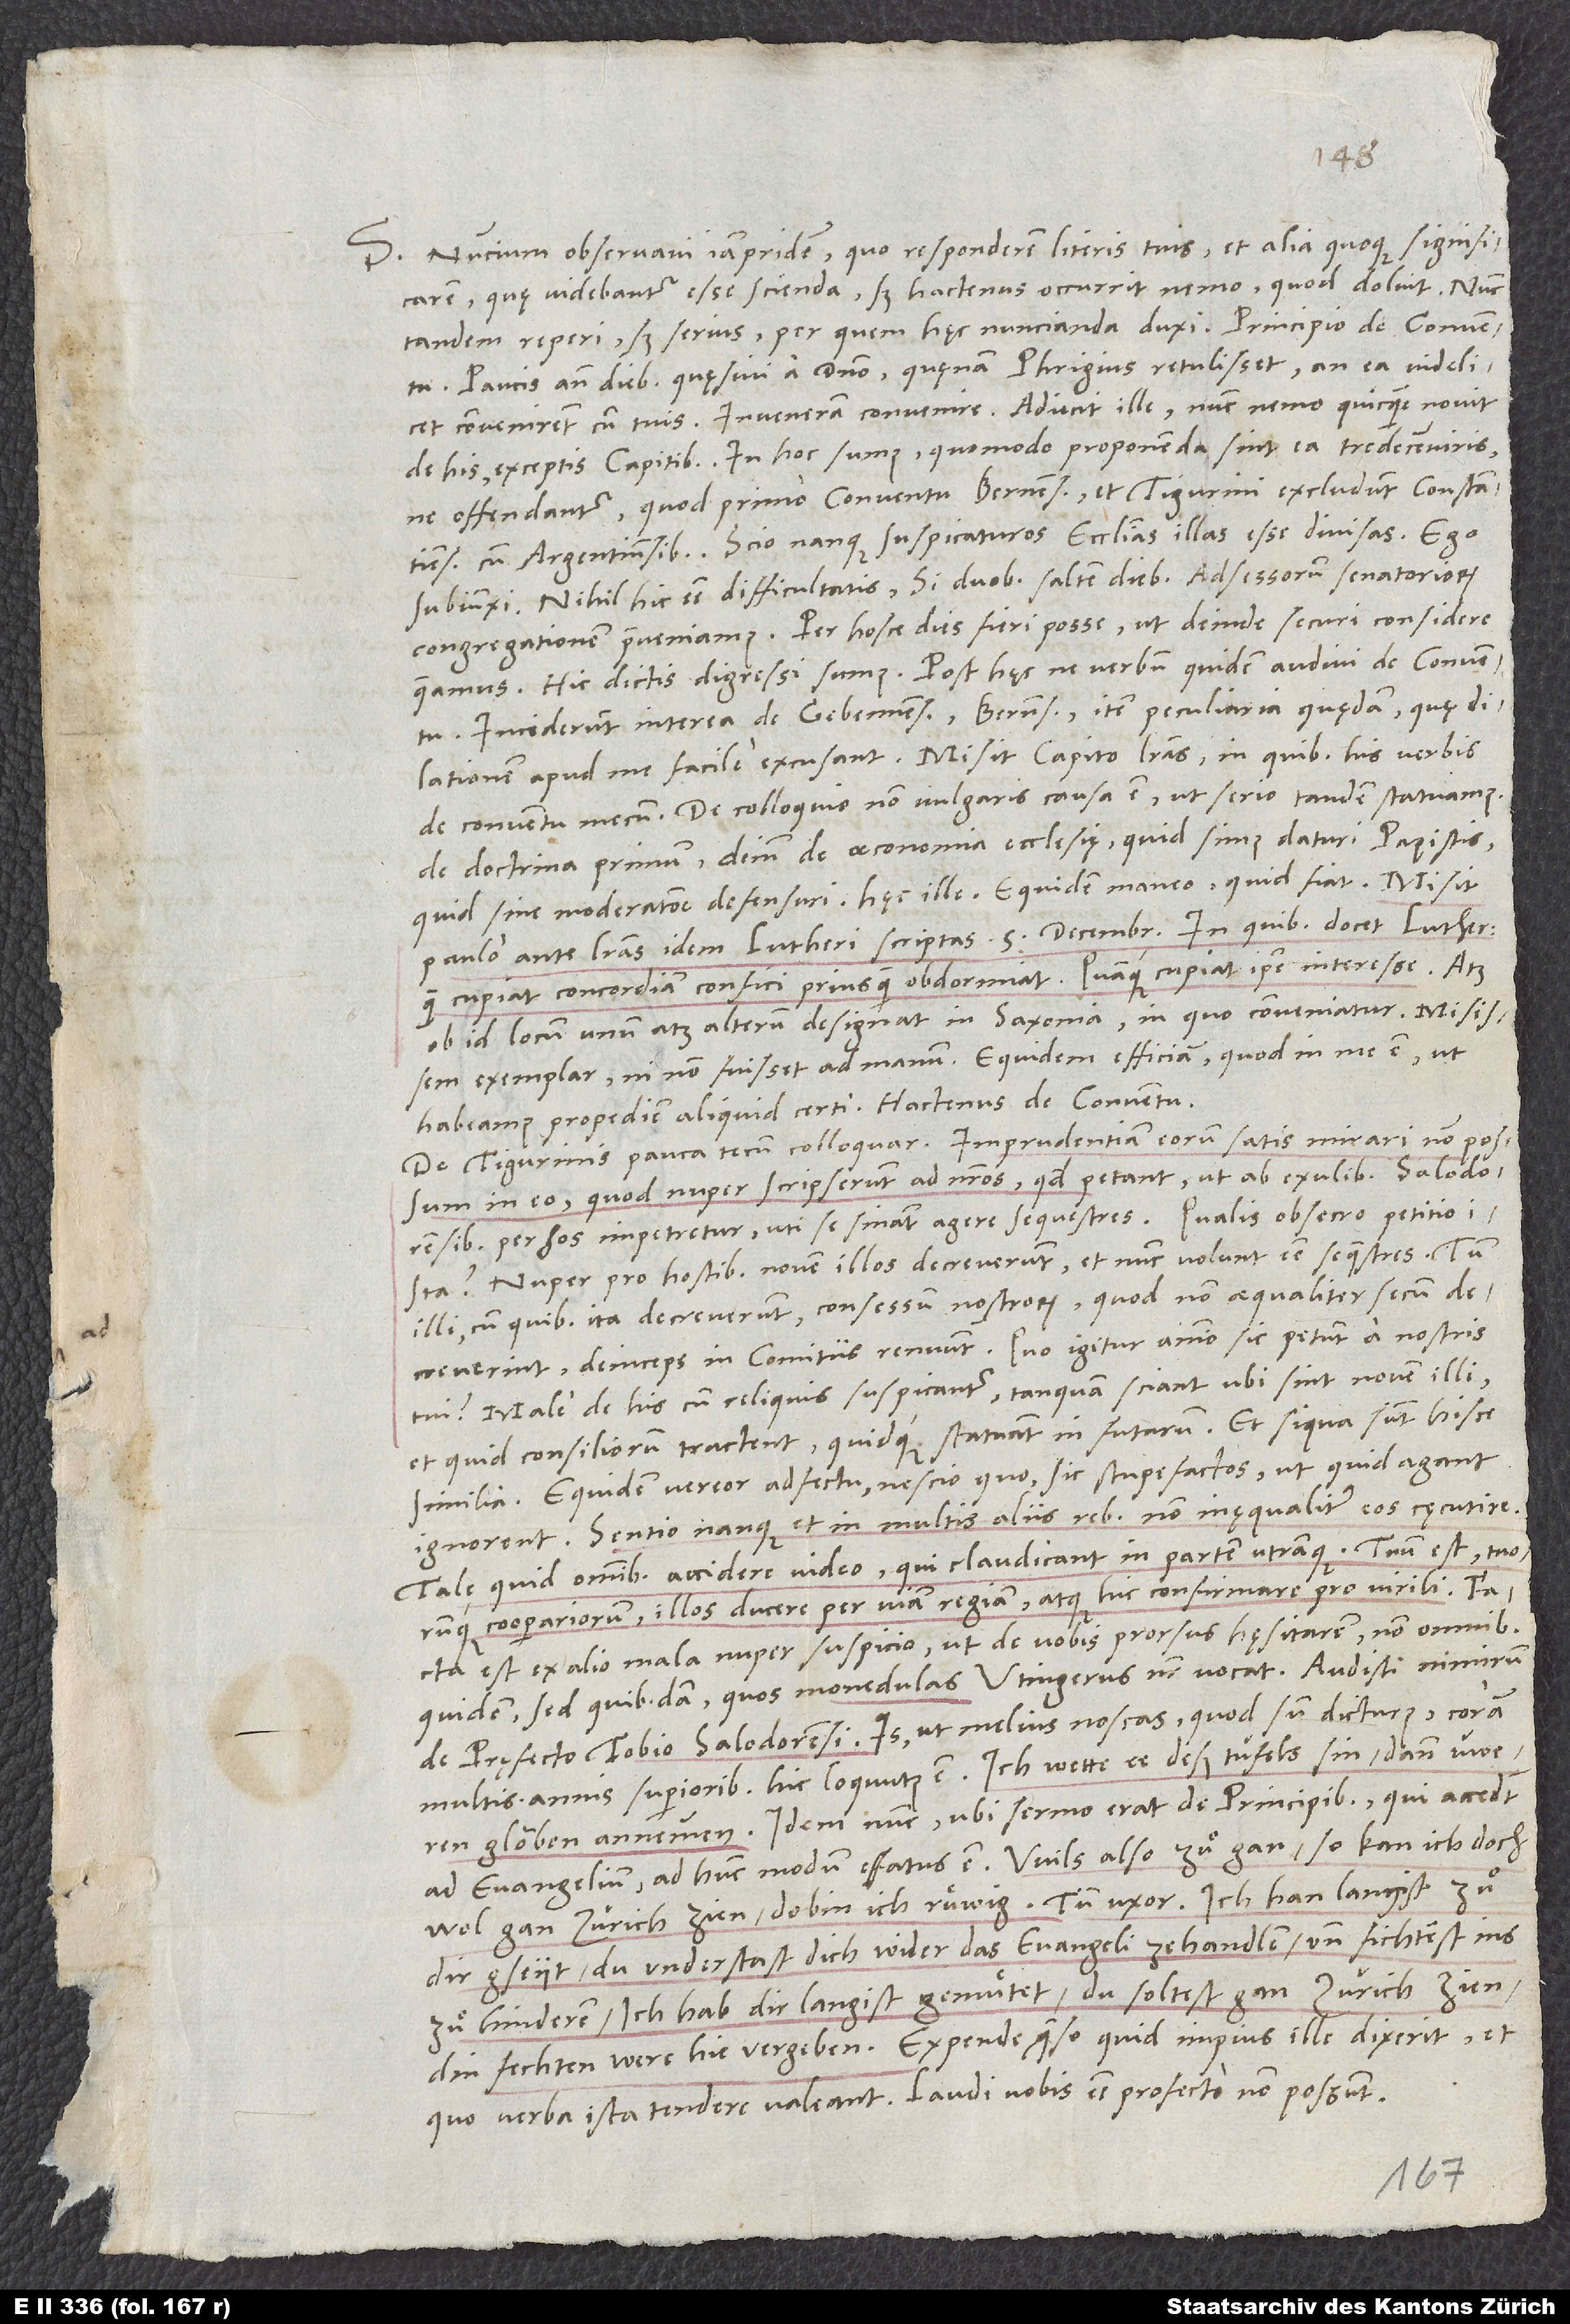
S. Nuncium observavi iampridem, quo responderem literis tuis et alia quoque significarem,
quę videbantur esse scienda, sed hactenus occurrit nemo, quod doluit. Nunc
Paucis ante diebus quęsivi a domino, quęnam Phrigius retulisset, an ea videlicet
convenirent cum tuis. Inveneram convenire. Adiecit ille: "Nunc nemo quicquam novit
de his exceptis capitibus. In hoc sumus, quomodo proponenda sint ea tredecimviris,
ne offendantur, quod primo conventu Bernenses et Tigurini excludunt Constantienses
cum Argentinensibus. Scio nanque suspicaturos ecclesias illas esse divisas." Ego
subiunxi nihil hic esse difficultatis, si duobus saltem diebus adsessorum senatoriorum
congregationem praeveniamus. Per hosce dies fieri posse, ut deinde securi considere
queamus. His dictis digressi sumus. Post hęc ne verbum quidem audivi de conventu.
Inciderunt interea de Gebennensibus, Bernensibus, item peculiaria quędam, quę dilationem
apud me facile excusant. Misit Capito literas, in quibus his verbis
de conventu mecum: "De colloquio non vulgaris causa est, ut serio tandem statuamus
de doctrina primum, deinde de oeconomia ecclesię, quid simus daturi papistis,
quid sine moderatione defensuri." Hęc ille. Equidem maneo, quid fiat. Misit
paulo ante literas idem Lutheri scriptas 5. decembris, in quibus docet Lutherus,
quam cupiat concordiam confici, priusquam obdormiat, quamque cupiat ipse interesse. Atque
ob id locum unum atque alterum designat in Saxonia, in quo conveniatur. Misissem
exemplar, ni non fuisset ad manum. Equidem efficiam, quod in me est, ut
habeamus propediem aliquid certi. Hactenus de conventu.
De Tigurinis pauca tecum colloquar. Imprudentiam eorum satis mirari non possum
in eo, quod nuper scripserunt ad nostros, quod petant, ut ab exulibus Salodorensibus
per hos impetretur, uti se sinant agere sequestres. Qualis, obsecro, petitio ista!
Nuper pro hostibus novem illos decreverunt et nunc volunt esse sequestres. Tum
illi, cum quibus ita decreverunt, consessum nostrorum, quod non aequaliter secum
decreverint, deinceps in comitiis renuunt. Quo igitur animo sic petunt a nostris
tui? Male de his cum reliquis suspicantur, tanquam sciant, ubi sint novem illi
et quid consiliorum tractent quidque statuant in futurum, et si qua sunt hisce
similia. Equidem vereor adfectu nescio quo sic stupefactos, ut quid agant,
ignorent. Sentio nanque et in multis aliis rebus non inęqualiter eos cęcutire.
Tale quid omnibus accidere video, qui claudicant in partem utramque. Tuum est tuorumque
cooperariorum illos ducere per viam regiam atque hic confirmare pro virili.
est ex alio mala nuper suspicio, ut de vobis prorsus hęsitarem, non omnibus
quidem, sed quibusdam, quos monedulas Utingerus noster vocat. Audisti nimirum
de pręfecto Tobio Salodorensi. Is - ut melius noscas, quod sum dicturus - coram
multis annis superioribus hic loquutus est: "Ich wette ee deß tüfels sin dann üweren
glouben annemmen." Idem nunc, ubi sermo erat de principibus, qui accedunt
ad evangelium, ad hunc modum effatus est: "Wils also zuͦ gan, so kan ich doch
wol gan Zürich zien, do bin ich ruͤwig." Tum uxor: "Ich han langist zuͦ
dir gseyt, du understast dich, wider das evangeli zehandlen, und fichtest, ins
zuͦ hinderen. Ich hab dir langist gemuͦtet, du soltest gan Zürich zien,
din fechten were hie vergeben." Expende, quaeso, quid impius ille dixerit et
quo verba ista tendere valeant. Laudi vobis esse profecto non possunt.